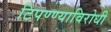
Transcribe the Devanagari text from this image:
टिपण्ण्याविरोधी